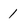
Character: 1